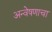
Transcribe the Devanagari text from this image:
अन्वेषणाचा